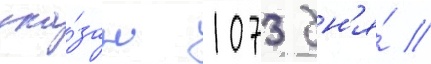
ука́зан 1073 дн'я́ //